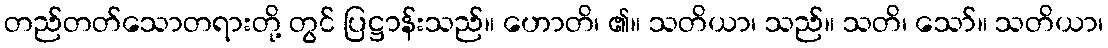
တည်တတ်သောတရားတို့ တွင် ပြဋ္ဌာန်းသည်။ ဟောတိ၊ ၏။ သတိယာ၊ သည်။ သတိ၊ သော်။ သတိယာ၊